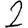
Digit: 2